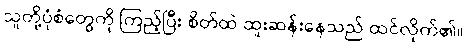
သူတို့ပုံစံတွေကို ကြည့်ပြီး စိတ်ထဲ ထူးဆန်းနေသည် ထင်လိုက်၏။